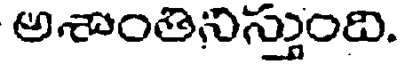
అశాంతినిస్తుంది.